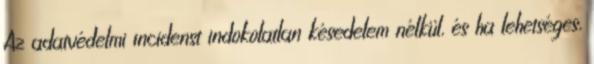
Az adatvédelmi incidenst indokolatlan késedelem nélkül, és ha lehetséges,